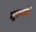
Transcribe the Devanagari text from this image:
भूदाननेते